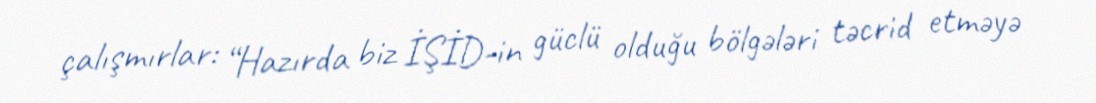
çalışmırlar: “Hazırda biz İŞİD-in güclü olduğu bölgələri təcrid etməyə